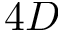
4 D